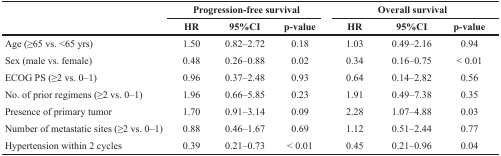
<table><thead><tr><td rowspan="2"></td><td colspan="3"><b>Progression-free survival</b></td><td colspan="3"><b>Overall survival</b></td></tr><tr><td><b>HR</b></td><td><b>95%CI</b></td><td><b>p-value</b></td><td><b>HR</b></td><td><b>95%CI</b></td><td><b>p-value</b></td></tr></thead><tbody><tr><td>Age (≥65 vs. &lt;65 yrs)</td><td>1.50</td><td>0.82–2.72</td><td>0.18</td><td>1.03</td><td>0.49–2.16</td><td>0.94</td></tr><tr><td>Sex (male vs. female)</td><td>0.48</td><td>0.26–0.88</td><td>0.02</td><td>0.34</td><td>0.16–0.75</td><td>&lt; 0.01</td></tr><tr><td>ECOG PS (≥2 vs. 0–1)</td><td>0.96</td><td>0.37–2.48</td><td>0.93</td><td>0.64</td><td>0.14–2.82</td><td>0.56</td></tr><tr><td>No. of prior regimens (≥2 vs. 0–1)</td><td>1.96</td><td>0.66–5.85</td><td>0.23</td><td>1.91</td><td>0.49–7.38</td><td>0.35</td></tr><tr><td>Presence of primary tumor</td><td>1.70</td><td>0.91–3.14</td><td>0.09</td><td>2.28</td><td>1.07–4.88</td><td>0.03</td></tr><tr><td>Number of metastatic sites (≥2 vs. 0–1)</td><td>0.88</td><td>0.46–1.67</td><td>0.69</td><td>1.12</td><td>0.51–2.44</td><td>0.77</td></tr><tr><td>Hypertension within 2 cycles</td><td>0.39</td><td>0.21–0.73</td><td>&lt; 0.01</td><td>0.45</td><td>0.21–0.96</td><td>0.04</td></tr></tbody></table>